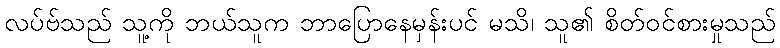
လပ်ဗ်သည် သူ့ကို ဘယ်သူက ဘာပြောနေမှန်းပင် မသိ၊ သူ၏ စိတ်ဝင်စားမှုသည်